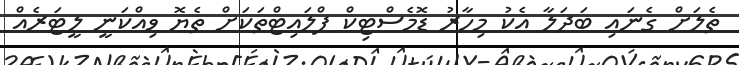
ތެލަށް ގެނައި ބަދަލާ އެކު މިހާރު ޑޮމެސްޓިކް ފްލައިޓްތަކަށް ތެޔޮ ވިއްކަނީ ލީޓަރެއް